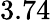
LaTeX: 3.74